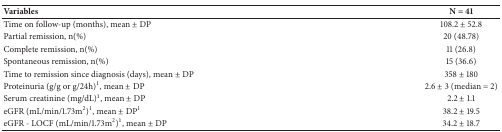
<table><thead><tr><td><b>Variables</b></td><td><b>N = 41</b></td></tr></thead><tbody><tr><td>Time on follow-up (months), mean ± DP</td><td>108.2 ± 52.8 </td></tr><tr><td>Partial remission, n(%)</td><td>20 (48.78)</td></tr><tr><td>Complete remission, n(%)</td><td>11 (26.8)</td></tr><tr><td>Spontaneous remission, n(%)</td><td>15 (36.6)</td></tr><tr><td>Time to remission since diagnosis (days), mean ± DP</td><td>358 ± 180</td></tr><tr><td>Proteinuria (g/g or g/24h)<sup>1</sup>, mean ± DP</td><td>2.6 ± 3 (median = 2)</td></tr><tr><td>Serum creatinine (mg/dL)<sup>1</sup>, mean ± DP</td><td>2.2 ± 1.1</td></tr><tr><td>eGFR (mL/min/1.73m<sup>2</sup>)<sup>1</sup>, mean ± DP<sup> 1</sup></td><td>38.2 ± 19.5</td></tr><tr><td>eGFR - LOCF (mL/min/1.73m<sup>2</sup>)<sup>1</sup>, mean ± DP</td><td>34.2 ± 18.7</td></tr></tbody></table>